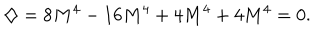
\diamondsuit = 8 M ^ { 4 } - 1 6 M ^ { 4 } + 4 M ^ { 4 } + 4 M ^ { 4 } = 0 .